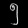
Digit: ၅